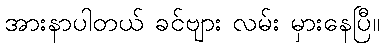
အားနာပါတယ် ခင်ဗျား လမ်း မှားနေပြီ။